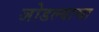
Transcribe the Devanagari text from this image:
जोडल्याचा